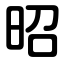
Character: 昭